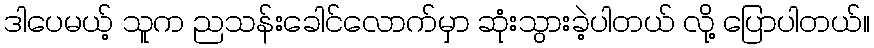
ဒါပေမယ့် သူက ညသန်းခေါင်လောက်မှာ ဆုံးသွားခဲ့ပါတယ် လို့ ပြောပါတယ်။